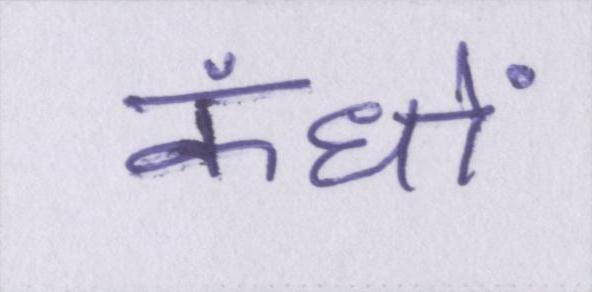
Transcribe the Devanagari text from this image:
कंधों